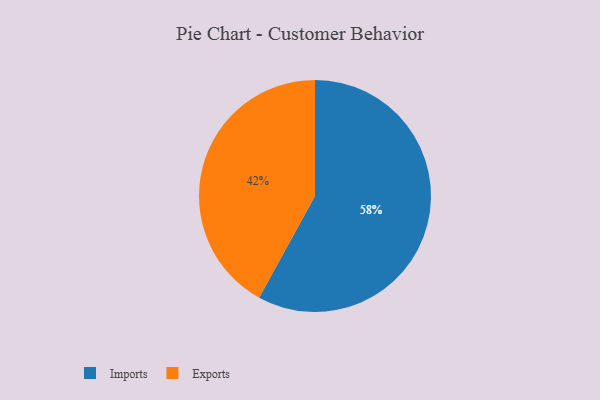
{"axis": {"x": "Category", "y": "Percentage"}, "legend": ["Exports", "Imports"], "data": [{"x": "Exports", "y": 42, "type": "Exports"}, {"x": "Imports", "y": 58, "type": "Imports"}]}